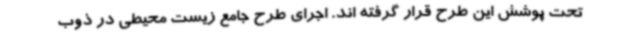
تحت پوشش این طرح قرار گرفته اند. اجرای طرح جامع زیست محیطی در ذوب